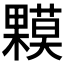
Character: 𰙁